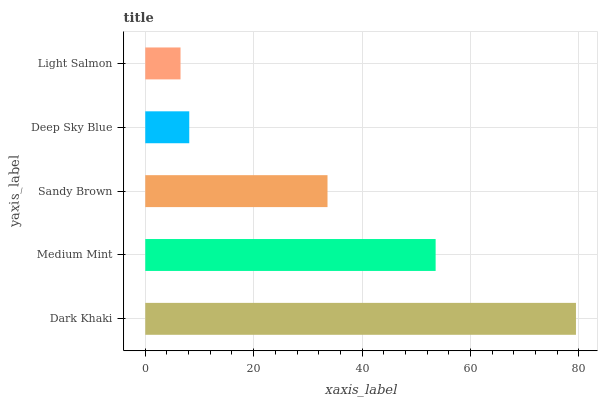
| yaxis_label | bars |
 | --- | --- |
 | Dark Khaki | 79.5 |
 | Medium Mint | 53.6 |
 | Sandy Brown | 33.6 |
 | Deep Sky Blue | 8.12 |
 | Light Salmon | 6.5 |